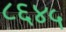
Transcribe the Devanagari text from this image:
८६४५